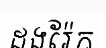
ដងរ៉ែក